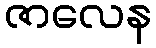
ဇာလေန